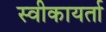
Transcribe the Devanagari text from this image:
स्वीकायर्ता